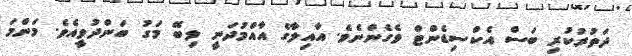
ދަތުރުކުރި ބަސް އެކްސިޑެންޓް ވެގެންނެވެ. އާއިލާގެ އާއްމުދަނީ ލިބޭ މަގު ބަންދުވީއެވެ. މަންމަ